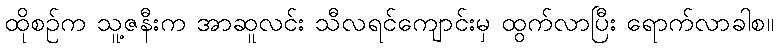
ထိုစဉ်က သူ့ဇနီးက အာဆူလင်း သီလရင်ကျောင်းမှ ထွက်လာပြီး ရောက်လာခါစ။